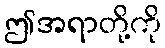
ဤအရာတို့ကို